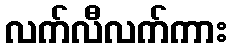
လက်လီလက်ကား